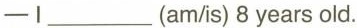
—Ⅰ___(am/is) 8 years old.